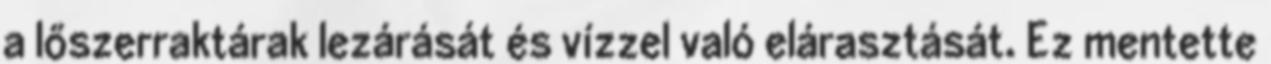
a lőszerraktárak lezárását és vízzel való elárasztását. Ez mentette